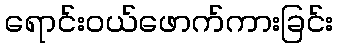
ရောင်းဝယ်ဖောက်ကားခြင်း